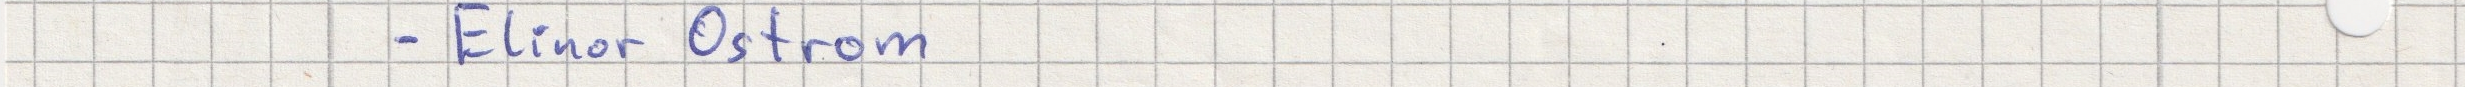
- Elinor Ostrom